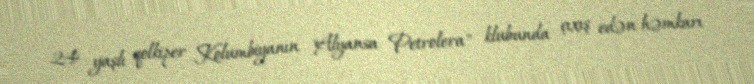
24 yaşlı qolkiper Kolumbiyanın "Alyansa Petrolera" klubunda çıxış edən həmkarı